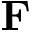
\mathbf { F }